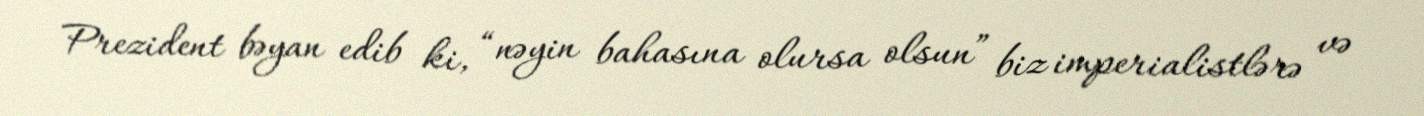
Prezident bəyan edib ki, “nəyin bahasına olursa olsun” biz imperialistlərə və